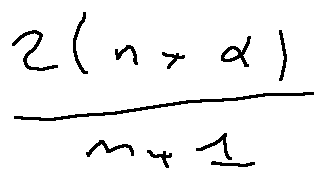
\frac { 2 ( n + \alpha ) } { n + 1 }